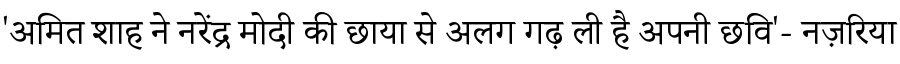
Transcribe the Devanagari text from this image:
'अमित शाह ने नरेंद्र मोदी की छाया से अलग गढ़ ली है अपनी छवि'- नज़रिया